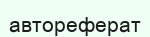
автореферат